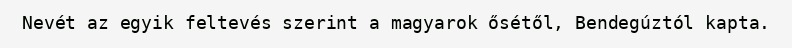
Nevét az egyik feltevés szerint a magyarok ősétől, Bendegúztól kapta.